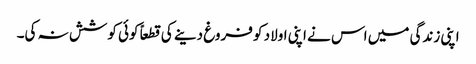
اپنی زندگی میں اس نے اپنی اولاد کو فروغ دینے کی قطعاً کوئی کوشش نہ کی۔